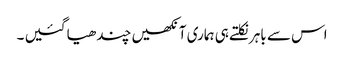
اس سے باہر نکلتے ہی ہماری آنکھیں چندھیا گئیں ۔